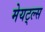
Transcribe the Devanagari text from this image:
मेयट्ल्स